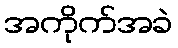
အကိုက်အခဲ